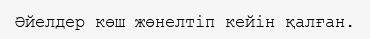
Әйелдер көш жөнелтіп кейін қалған.